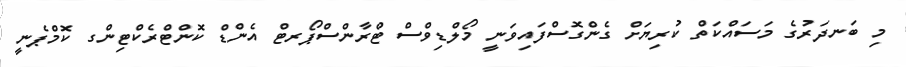
މި ބަނދަރުގެ މަސައްކަތް ކުރިޔަށް ގެންގޮސްފައިވަނީ މޯލްޑިވްސް ޓްރާންސްޕޯރޓް އެންޑް ކޮންޓްރެކްޓިންގ ކޮމްޕެނީ